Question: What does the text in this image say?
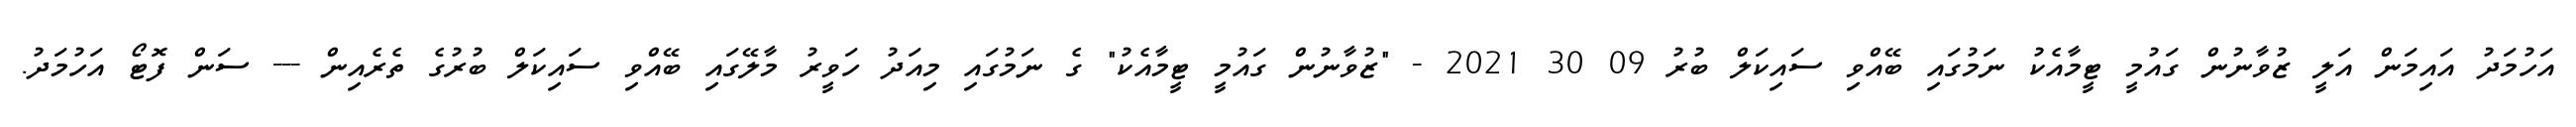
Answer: އަހުމަދު އައިމަން އަލީ ޒުވާނުން ގައުމީ ޓީމާއެކު ނަމުގައި ބޭއްވި ސައިކަލް ބުރު 09 30 2021 - "ޒުވާނުން ގައުމީ ޓީމާއެކު" ގެ ނަމުގައި މިއަދު ހަވީރު މާލޭގައި ބޭއްވި ސައިކަލް ބުރުގެ ތެރެއިން --- ސަން ފޮޓޯ އަހުމަދު.